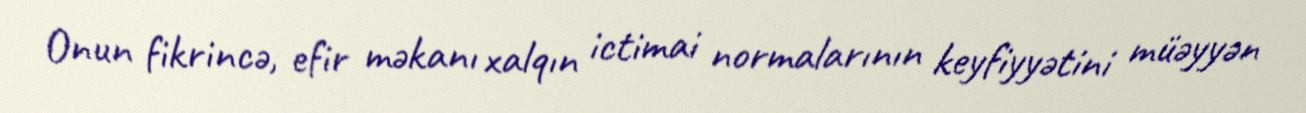
Onun fikrincə, efir məkanı xalqın ictimai normalarının keyfiyyətini müəyyən